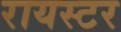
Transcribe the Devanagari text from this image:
रायस्टर